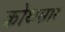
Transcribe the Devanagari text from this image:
कोथम्नार